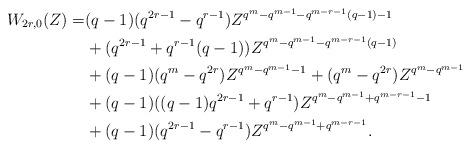
LaTeX: \begin{align*}W_{2r,0}(Z)=&(q-1)(q^{2r-1}-q^{r-1})Z^{q^m-q^{m-1}-q^{m-r-1}(q-1)-1}\\&+(q^{2r-1}+q^{r-1}(q-1))Z^{q^m-q^{m-1}-q^{m-r-1}(q-1)}\\&+(q-1)(q^m-q^{2r})Z^{q^m-q^{m-1}-1}+(q^m-q^{2r})Z^{q^m-q^{m-1}}\\&+(q-1)((q-1)q^{2r-1}+q^{r-1})Z^{q^m-q^{m-1}+q^{m-r-1}-1}\\&+(q-1)(q^{2r-1}-q^{r-1})Z^{q^m-q^{m-1}+q^{m-r-1}}.\end{align*}